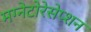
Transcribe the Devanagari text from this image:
मग्नेटोरेसेप्शन